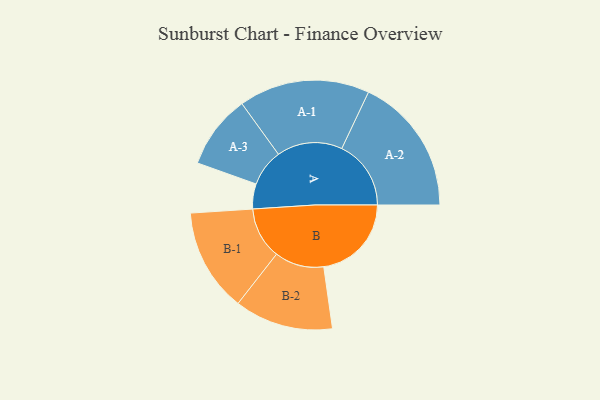
{"axis": {"x": "Segment", "y": "Value"}, "legend": ["", "A", "B"], "data": [{"x": "A", "y": 107, "type": ""}, {"x": "B", "y": 375, "type": ""}, {"x": "A-1", "y": 280, "type": "A"}, {"x": "A-2", "y": 296, "type": "A"}, {"x": "A-3", "y": 158, "type": "A"}, {"x": "B-1", "y": 221, "type": "B"}, {"x": "B-2", "y": 211, "type": "B"}]}